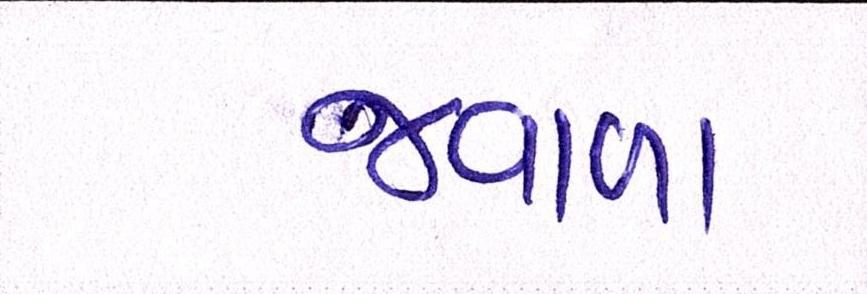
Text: જ્વાળા